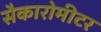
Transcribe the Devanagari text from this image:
सैकारोमीटर